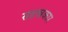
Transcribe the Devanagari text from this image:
सहस्रकार